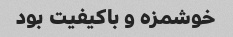
خوشمزه و باکیفیت بود